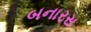
બનારસ